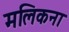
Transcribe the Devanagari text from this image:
मलिकना